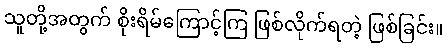
သူတို့အတွက် စိုးရိမ်ကြောင့်ကြ ဖြစ်လိုက်ရတဲ့ ဖြစ်ခြင်း။